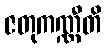
ဇတုကဏ္ဏီတိ